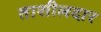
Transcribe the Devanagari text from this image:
ताशीलदार